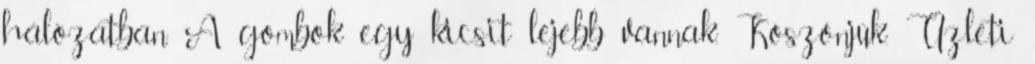
hálózatban. A gombok egy kicsit lejebb vannak. Köszönjük. Üzleti